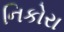
નિકોરા